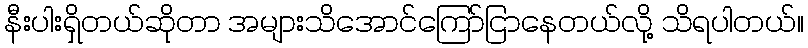
နီးပါးရှိတယ်ဆိုတာ အများသိအောင်ကြော်ငြာနေတယ်လို့ သိရပါတယ်။